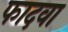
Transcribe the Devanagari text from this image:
फादवा